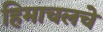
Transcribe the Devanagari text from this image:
हिमाचलचे